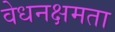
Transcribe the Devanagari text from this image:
वेधनक्षमता